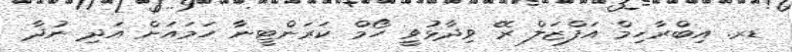
ޑރ. އިބްރާހިމް އަފްޒަލް ރޭ ވިދާޅުވީ ހޯމް ކަރަންޓީނާ ހަމައަށް އަދި ނުދާ